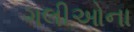
ગલીઓના